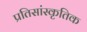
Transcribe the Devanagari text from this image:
प्रतिसांस्कृतिक